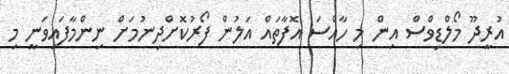
އުރީދޫ މޯލްޑިވްސް އިން މި ހާއްސަ އޮފާތައް އަލުން ފޯރުކޮށްދިނުމަށް ނިންމާފައިވަނީ މި